Indian Medical Review
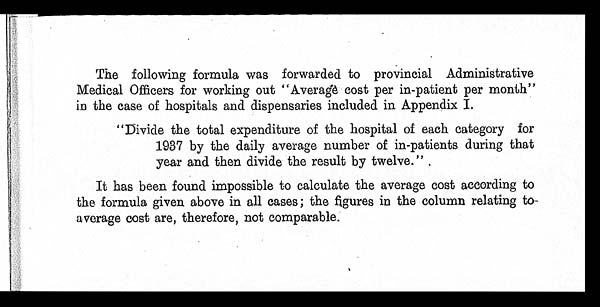
The following formula was forwarded to provincial Administrative
Medical Officers for working out "Average cost per in-patient per month"
in the case of hospitals and dispensaries included in Appendix I.
"Divide the total expenditure of the hospital of each category for
1937 by the daily average number of in-patients during that
year and then divide the result by twelve.".
It has been found impossible to calculate the average cost according to
the formula given above in all cases; the figures in the column relating to
average cost are, therefore, not comparable.